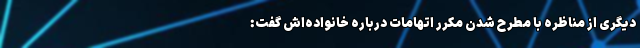
دیگری از مناظره با مطرح شدن مکرر اتهامات درباره خانواده‌‌اش گفت: